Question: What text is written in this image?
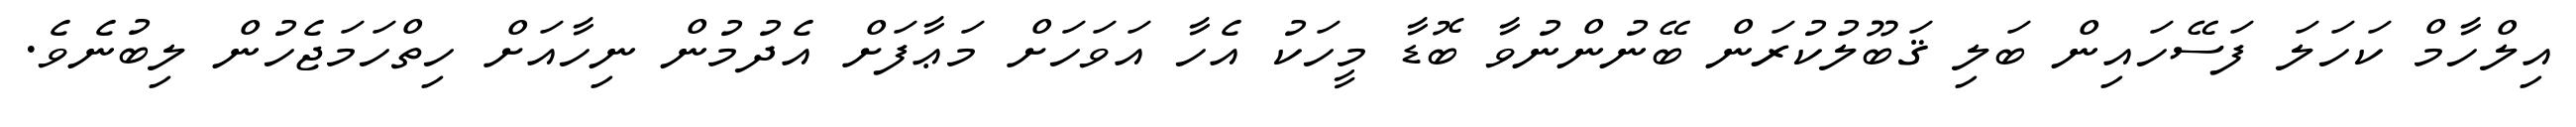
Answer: އިލްހާމް ކަހަލަ ފަސޭހައިން ބަލި ޤަބޫލުކުރަން ބޭނުންނުވާ ބޮޑާ މީހަކު އެހާ އަވަހަށް މަޢާފަށް އެދުމުން ނިހާއަށް ހިތްހަމަޖެހުން ލިބުނެވެ.